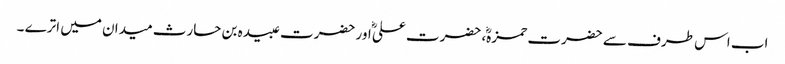
اب اس طرف سے حضرت حمزہؓ، حضرت علیؓ اور حضرت عبیدہ بن حارث میدان میں اترے ۔